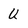
Character: U